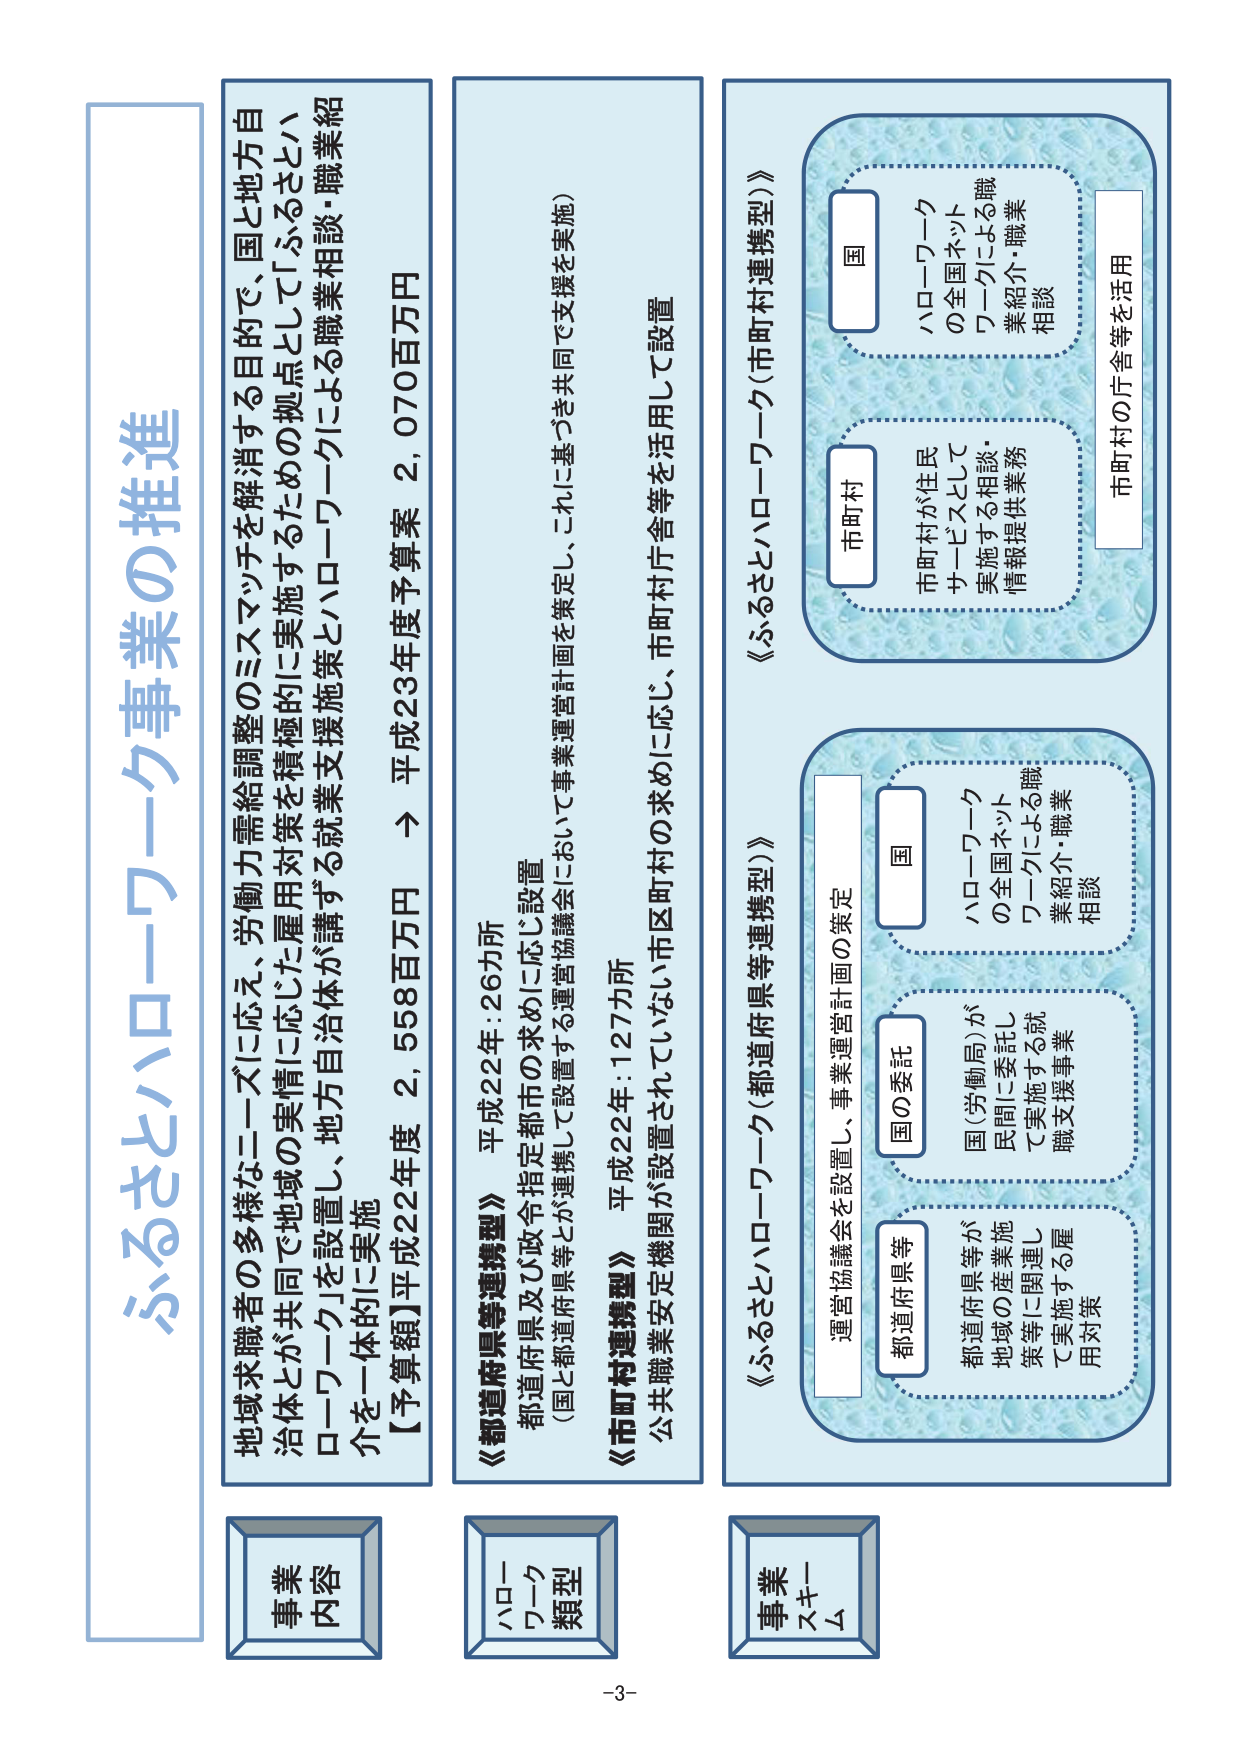
ふるさとハローワーク事業の推進

地域求職者の多様なニーズに応え、労働力需給調整のミスマッチを解消する目的で、国と地方自治体とが共同で地域の実情に応じた雇用対策を積極的に実施するために実施する「ふるさとハローワーク」を設置し、地方自治体が講ずる就業支援施策とハローワークによる職業相談・職業紹介を一体的に実施
【予算額】平成22年度 2,558百万円 → 平成23年度予算案 2,070百万円

事業
内容

《都道府県等連携型》 平成22年：26カ所
都道府県及び政令指定都市の求めに応じ設置
（国と都道府県等とが連携して運営する運営協議会において事業運営計画を策定し、これに基づき共同で支援を実施）

《市町村連携型》 平成22年：127カ所
公共職業安定機関が設置されていない市区町村の求めに応じ、市町村庁舎等を活用して設置

ハローワーク
類型

《ふるさとハローワーク（市町村連携型）》
国
ハローワーク
の全国ネット
ワークによる職
業紹介・職業
相談
市町村
市町村が住民
サービスとして
実施する相談・
情報提供業務
市町村の庁舎等を活用

《ふるさとハローワーク（都道府県等連携型）》
運営協議会を設置し、事業運営計画の策定
国
ハローワーク
の全国ネット
ワークによる職
業紹介・職業
相談
国（労働局）が
民間に委託し
て実施する就
職支援事業
都道府県等
都道府県等が
地域の産業施
策等に関連し
て実施する雇
用対策

事業
スキーム